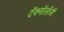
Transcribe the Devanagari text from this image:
टॅक्नॉलॉजी